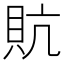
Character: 貥